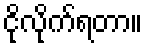
ငိုလိုက်ရတာ။